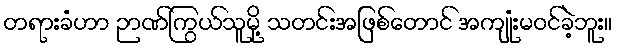
တရားခံဟာ ဉာဏ်ကြွယ်သူမို့ သတင်းအဖြစ်တောင် အကျုံးမဝင်ခဲ့ဘူး။